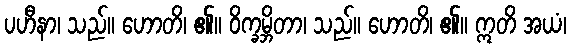
ပဟီနာ၊ သည်။ ဟောတိ၊ ၏။ ဝိက္ခမ္ဘိတာ၊ သည်။ ဟောတိ၊ ၏။ ဣတိ အယံ၊